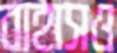
বাহাসও